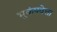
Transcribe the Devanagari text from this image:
भूकंपवेत्ता